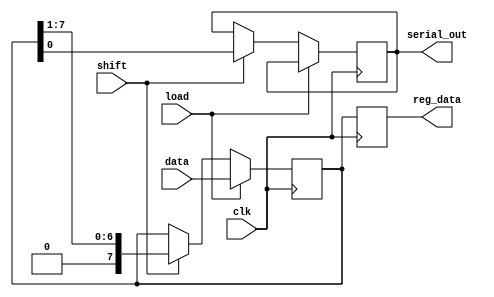
module PISO_Register (
    input wire clk,           // Clock signal
    input wire load,         // Load control signal
    input wire shift,        // Shift control signal
    input wire [N-1:0] data, // Parallel input data
    output reg serial_out,    // Serial output
    output reg [N-1:0] reg_data // Internal register for debugging
);
    parameter N = 8; // Width of the input data

    // Internal register to hold the data
    reg [N-1:0] shift_reg;

    always @(posedge clk) begin
        if (load) begin
            // Load the parallel data into the shift register
            shift_reg <= data;
        end else if (shift) begin
            // Shift the data to the right
            serial_out <= shift_reg[0]; // Output the LSB to serial_out
            shift_reg <= {1'b0, shift_reg[N-1:1]}; // Shift right, MSB is filled with 0
        end
        // Update reg_data for debugging purposes
        reg_data <= shift_reg;
    end
endmodule